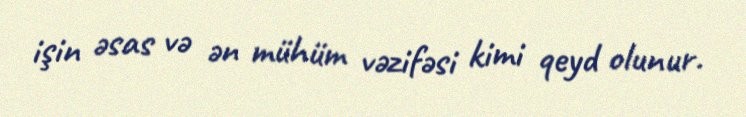
işin əsas və ən mühüm vəzifəsi kimi qeyd olunur.